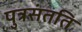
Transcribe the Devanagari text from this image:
पुत्रसंतति